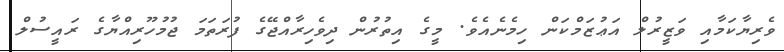
ވެރިޔާކަމާއި ވަޒީރުލް އަޢުޒަމްކަން ހިމެނެއެވެ. މީގެ އިތުރުން ދިވެހިރާއްޖޭގެ ފުރަތަމަ ޖުމުހޫރިއްޔާގެ ރައީސުލް